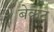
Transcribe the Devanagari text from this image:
बेकट